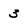
Character: 3